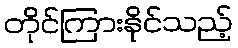
တိုင်ကြားနိုင်သည့်